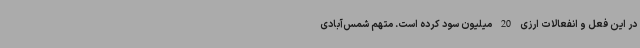
در این فعل و انفعالات ارزی 20 میلیون سود کرده است. متهم شمس‌آبادی